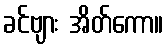
ခင်ဗျား အိတ်ကော။